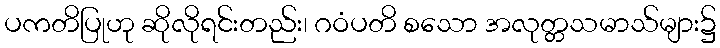
ပကတိပြုဟု ဆိုလိုရင်းတည်း၊ ဂဝံပတိ စသော အလုတ္တသမာသ်များ၌